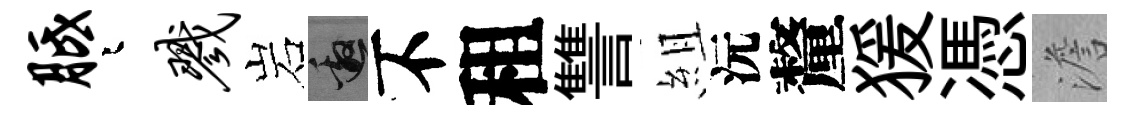
胝迢戮岩邀不租讐組沅釐猨憑澹